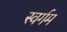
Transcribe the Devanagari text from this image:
स्वर्गम